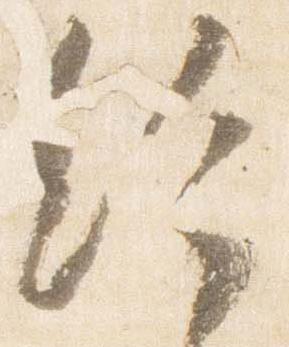
給